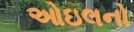
ઓઇલનો